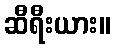
ဆီရီးယား။